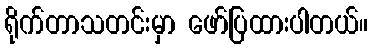
ရိုက်တာသတင်းမှာ ဖော်ပြထားပါတယ်။